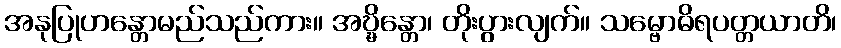
အနုပြုဟန္တောမည်သည်ကား။ အဎ္ဍ္ဎိန္တော၊ တိုးပွားလျက်။ သမ္ဗောဓိရပတ္တယာတိ၊